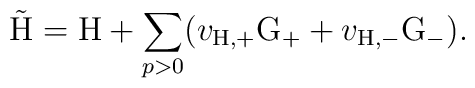
\tilde{\rm H} = {\rm H} + \sum_{p>0} ( v_{\rm H,+} {\rm G}_{+} + v_{\rm H,-} {\rm G}_{-}) .